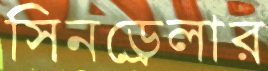
সিনড্রেলার